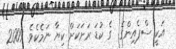
އަކީ ސްޕެއިންގެ  ގެ ކުޑަ ރަށަކަށް ކިޔާ ނަމެކެވެ. 2009